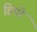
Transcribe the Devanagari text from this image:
डिप्‍पे